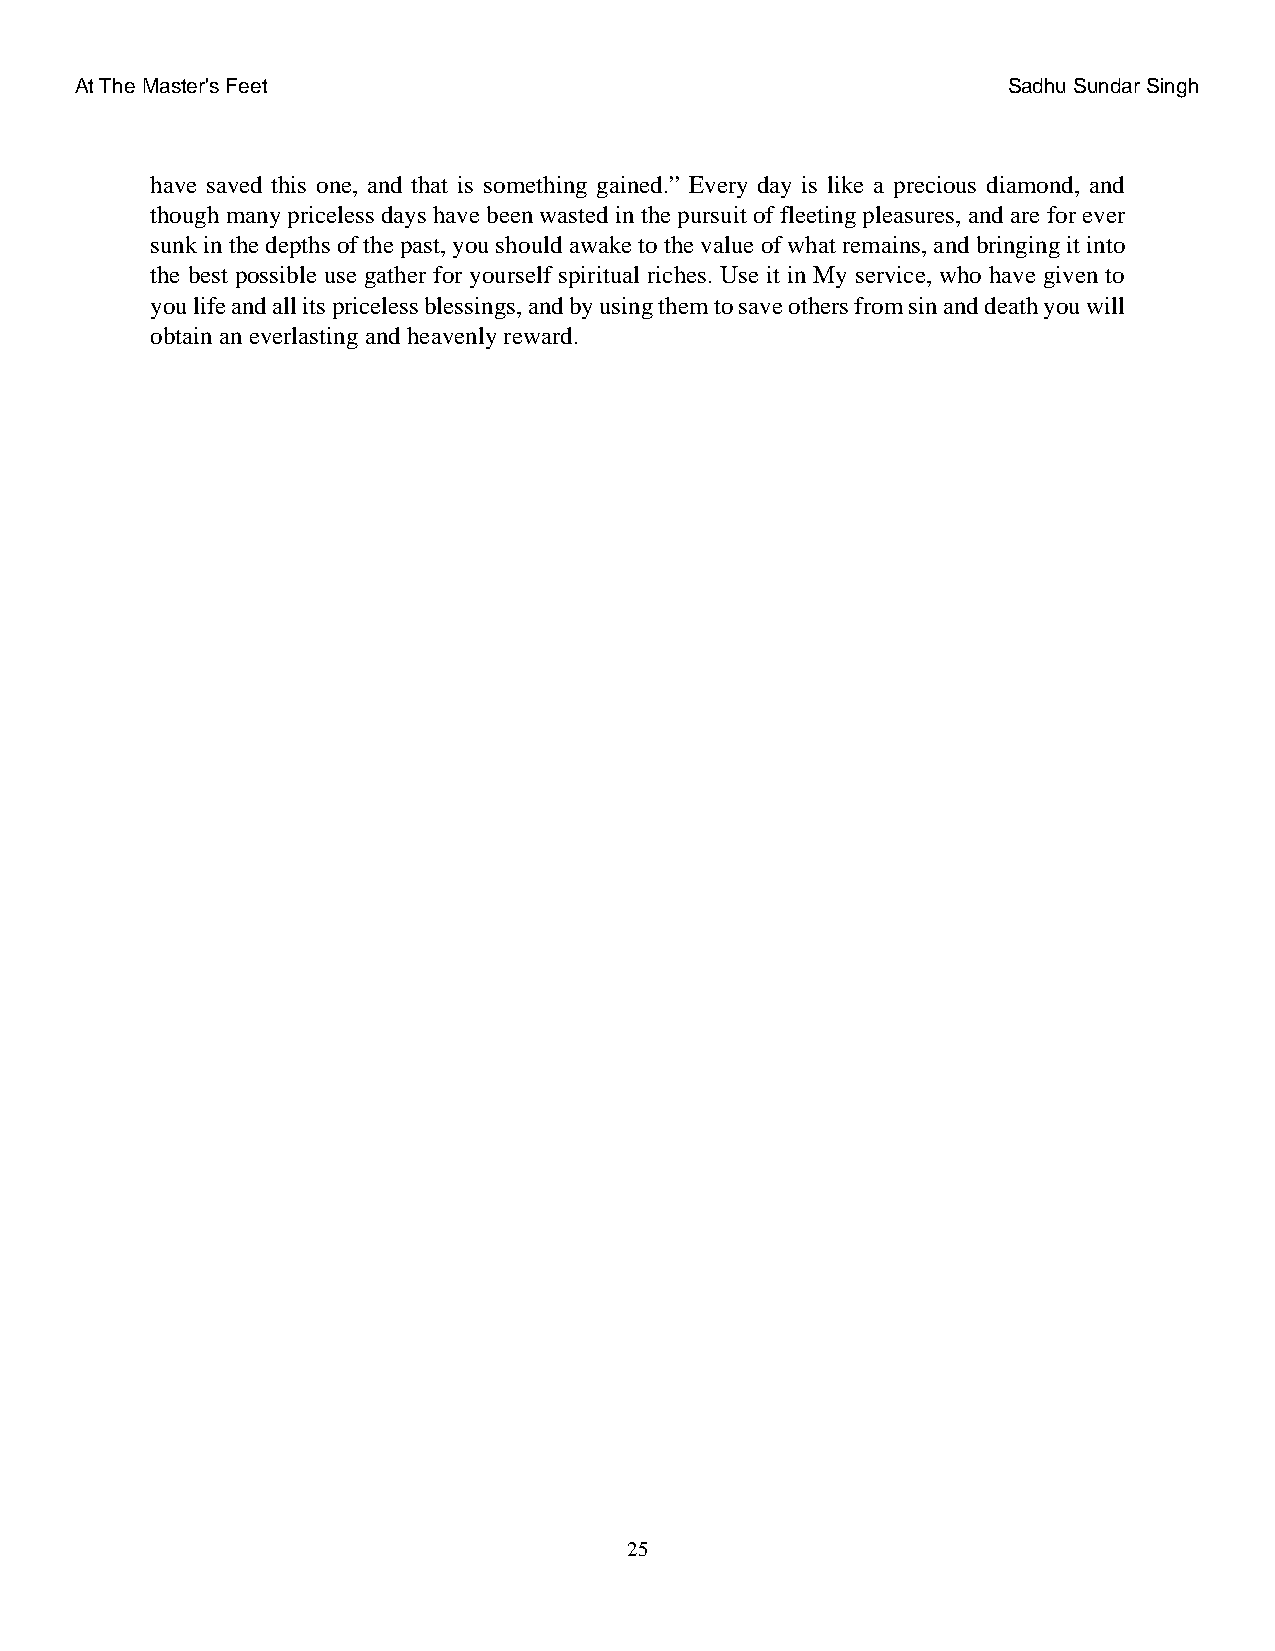
At The Master's Feet                                          Sadhu Sundar Singh
 have saved this one, and that is something gained.” Every day is like a precious diamond, and
 though many priceless days have been wasted in the pursuit of fleeting pleasures, and are for ever
 sunk in the depths of the past, you should awake to the value of what remains, and bringing it into
 the best possible use gather for yourself spiritual riches. Use it in My service, who have given to
 you life and all its priceless blessings, and by using them to save others from sin and death you will
 obtain an everlasting and heavenly reward.
 25